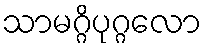
သာမဂ္ဂိပုဂ္ဂလော